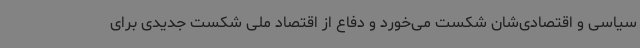
سیاسی و اقتصادی‌شان شکست می‌خورد و دفاع از اقتصاد ملی شکست جدیدی برای